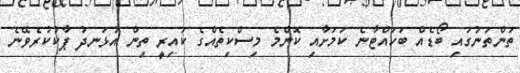
ތަންތަނުގައި ބޯޑެއް ބަހައްޓާނެ ކަމަށާއި ކޮންމެ މިސްކިތެއްގެ ކައިރީ ތިން އުޅަނދު ޕާކުކުރެވޭނެ